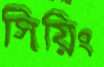
সিয়িং